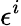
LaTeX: \epsilon^{i}